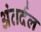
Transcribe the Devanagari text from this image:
अंतर्दल